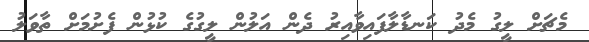
މެޗަށް ލީގު މެދު ކަނޑާލާފައިވާއިރު ދެން އަލުން ލީގުގެ ކުޅުން ފެށުމަށް ތާވަލު